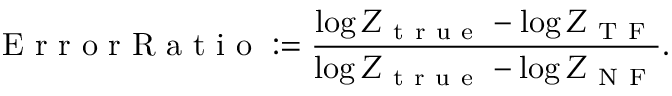
\mathrm { ~ E ~ r ~ r ~ o ~ r ~ R ~ a ~ t ~ i ~ o ~ } : = \frac { { \log Z _ { \mathrm { ~ t ~ r ~ u ~ e ~ } } - \log Z _ { \mathrm { ~ T ~ F ~ } } } } { { \log Z _ { \mathrm { ~ t ~ r ~ u ~ e ~ } } - \log Z _ { \mathrm { ~ N ~ F ~ } } } } .